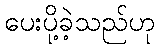
ပေးပို့ခဲ့သည်ဟု